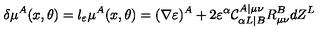
\delta \mu ^ { A } ( x , \theta ) = l _ { \varepsilon } \mu ^ { A } ( x , \theta ) = ( \nabla \varepsilon ) ^ { A } + 2 \varepsilon ^ { \alpha } \mathcal { C } _ { \alpha L | B } ^ { A | \mu \nu } R _ { \mu \nu } ^ { B } d Z ^ { L }